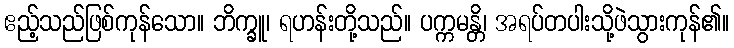
ဧည့်သည်ဖြစ်ကုန်သော။ ဘိက္ခူ၊ ရဟန်းတို့သည်။ ပက္ကမန္တိ၊ အရပ်တပါးသို့ဖဲသွားကုန်၏။